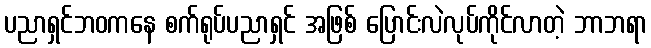
ပညာရှင်ဘဝကနေ စက်ရုပ်ပညာရှင် အဖြစ် ပြောင်းလဲလုပ်ကိုင်လာတဲ့ ဘာဘရာ